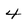
Character: 4